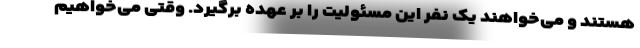
هستند و می‌خواهند یک نفر این مسئولیت را بر عهده برگیرد. وقتی می‌خواهیم